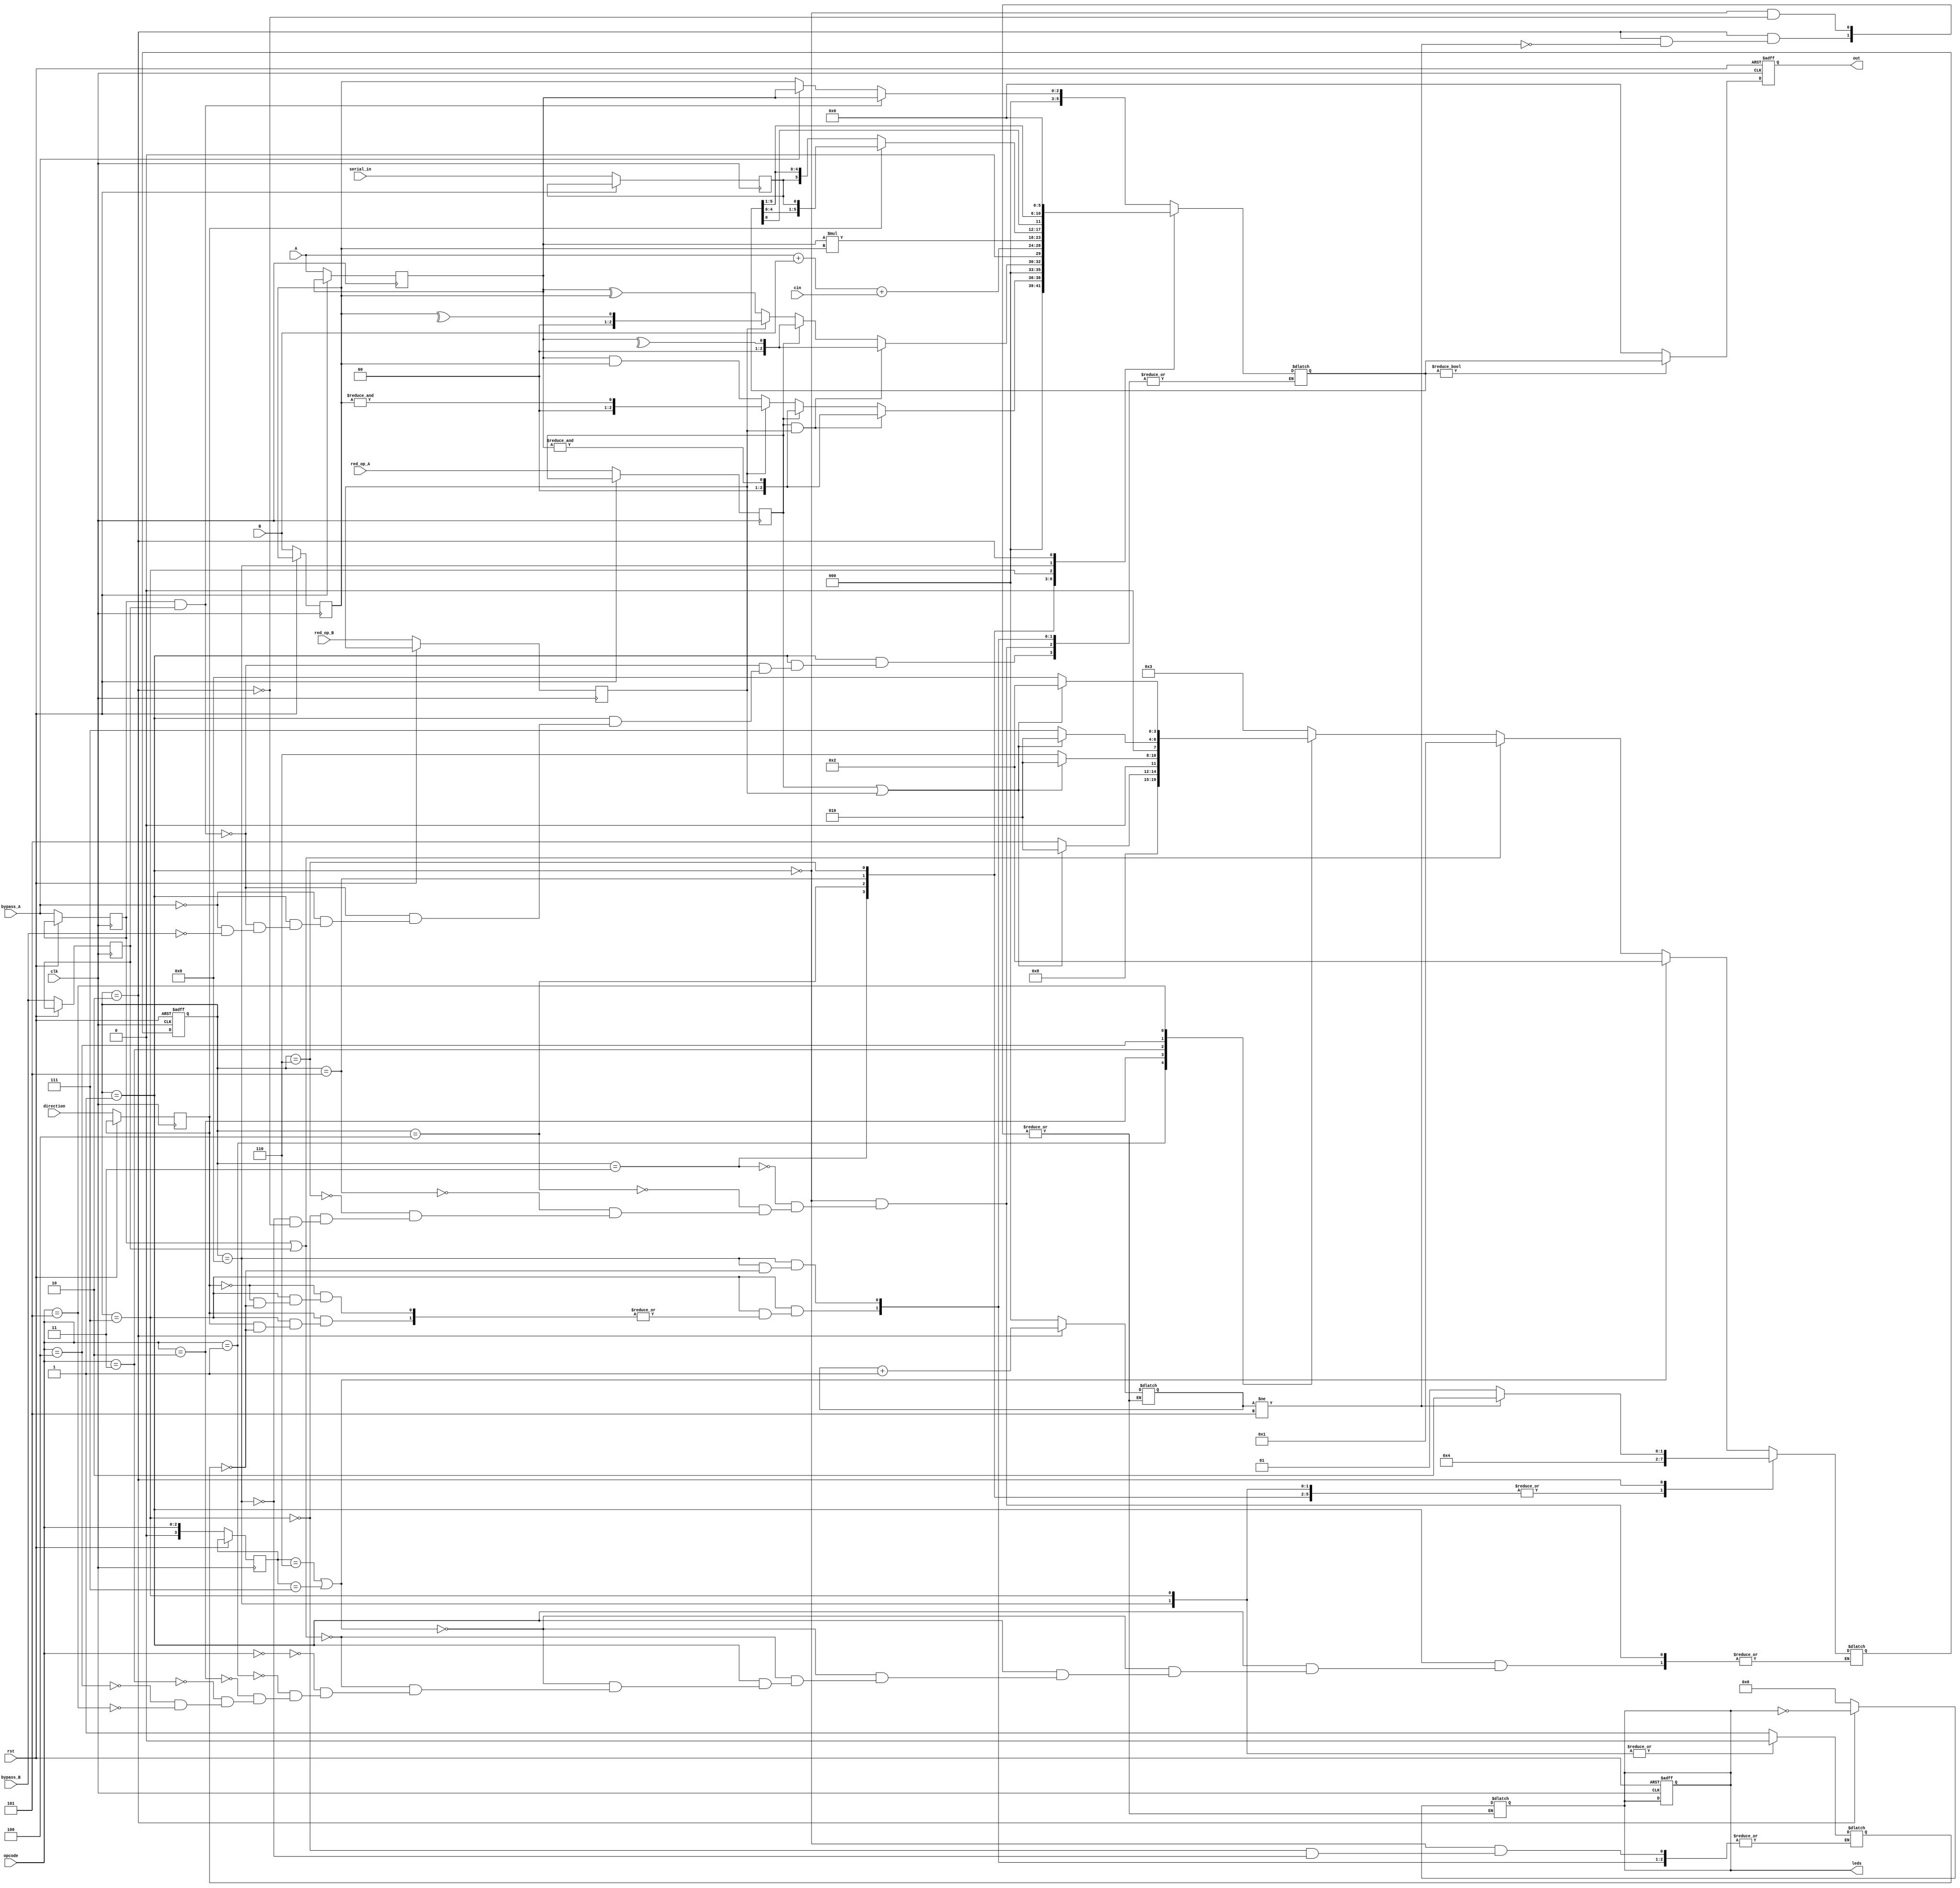
module  ALSU #(parameter INPUT_PERIORITY = "A" , parameter FULL_ADDER = "ON") (

 input clk          ,
 input rst          ,
 input [2:0] A      ,
 input [2:0] B      ,
 input [2:0] opcode ,
 input cin          ,
 input serial_in    ,
 input direction    ,
 input red_op_A     ,
 input red_op_B     ,
 input bypass_A     ,
 input bypass_B     ,

 output reg [5:0]  out  ,
 output reg [15:0] leds );

 reg  in_serial_in , in_red_op_A , in_direction , in_red_op_B , in_bypass_A , in_bypass_B ,in_cin;
 reg flag; 
 reg [3:0] in_opcode;
 reg [2:0] in1 , in2;
 
 
 reg [5:0] out_reg ;
 reg [5:0] shift_temp;

 reg [2:0] counter;
 
 reg [3:0] current_state , next_state;


 parameter OPERATION  =  4'b0001;
 parameter INVALID    =  4'b0010;
 parameter AND_OP     =  4'b0011;
 parameter XOR_OP     =  4'b0100;
 parameter ADD_OP     =  4'b0101;
 parameter MULT_OP    =  4'b0110;
 parameter SHIFT_OP   =  4'b0111;
 parameter ROTATE_OP  =  4'b1000;




 always @(posedge clk or posedge rst) begin
     if (rst) begin
         
         out  <= 0;
         leds <= 0;
         
     end
     else begin
         
         in1     <= A   ;
         in2     <= B   ;
         in_serial_in <= serial_in;
         in_opcode <= opcode;
         in_cin <= cin ;
         in_direction <= direction ;
         in_red_op_A <= red_op_A;
         in_red_op_B <= red_op_B;
         in_bypass_A <= bypass_A;
         in_bypass_B <= bypass_B;

         if(out_reg)
         out <= out_reg ;
         else begin
         out <= 6'b0;   
         end

     end
 end

//____________________________________________________

always @(posedge clk or posedge rst) begin

 if(rst) begin
     current_state <= OPERATION;
 end

 else begin
     current_state <= next_state;
 end

end


//______________________________________________________

 
 always @(*) begin 
  
  case(current_state)



  OPERATION :begin

                if(in_opcode == 3'b110 || in_opcode == 3'b111)
                      next_state = INVALID;
  
 
                else if(in_bypass_A || in_bypass_B)
                      next_state = OPERATION;

                else begin
                      case (opcode)

                         3'b000 : next_state = AND_OP          ;
                         3'b001 : next_state = XOR_OP          ;
                         3'b010 : begin
                                       if(in_red_op_A || in_red_op_B)
                                           next_state = INVALID;
                                        else   
                                           next_state = ADD_OP ;
                                   end                     

                         3'b011 : begin
                                       if(in_red_op_A || in_red_op_B)
                                           next_state = INVALID;
                                        else   
        
                                        next_state = MULT_OP ;

                                   end 
                                       
                         3'b100 : begin
                                       if(in_red_op_A || in_red_op_B)
                                           next_state = INVALID;
                                        else   
                                           next_state = SHIFT_OP     ;
                                     end

                         3'b101 : begin
                                       if(in_red_op_A || in_red_op_B)
                                           next_state = INVALID;
                                        else   
                                           next_state = ROTATE_OP  ;
                                   end

                        endcase
                 end 
           
             end




   AND_OP : begin
       
            next_state = OPERATION;
            end          



   XOR_OP : begin
       
            next_state = OPERATION;
            end          

   ADD_OP : begin
       
            next_state = OPERATION;
            end          




   MULT_OP : begin
       
            next_state = OPERATION;
            end         



   SHIFT_OP : begin
              next_state = OPERATION;
              end


   ROTATE_OP : begin

              next_state = OPERATION;

                end



   INVALID : begin
           
              if(counter != 5)
               next_state <= INVALID;
              else
               next_state <= OPERATION;

           end


    endcase
 end



//______________________________________________


always @(*) begin
    
  case (current_state)

 

 OPERATION : begin
               //out_reg = 0;
               leds    = 0;
               leds    = 0;
               counter = 0;
               flag    = 1; 

                if(in_bypass_A && in_bypass_B) begin 
                    if(INPUT_PERIORITY == "A")
                     out_reg = in1;
                    else
                     out_reg = in2;
                end

                else if(bypass_A)
                   out_reg = in1;

                
                else if(bypass_B)
                   out_reg = in2;

                end




 AND_OP    : begin
               if(in_red_op_A && in_red_op_B) begin
                 if(INPUT_PERIORITY == "A")
                     out_reg = &(in1);

                 else if(INPUT_PERIORITY == "B")
                     out_reg = &(in2);
              end

              else if(in_red_op_A)
                     out_reg = &(in1); 
               
              else if(in_red_op_B)
                     out_reg = &(in2); 
               
               else 
                     out_reg = in1 & in2;
            end     




 XOR_OP  :  begin
                  
              if(in_red_op_A && in_red_op_B) begin
                 if(INPUT_PERIORITY == "A")
                     out_reg = ^(in1);

                 else if(INPUT_PERIORITY == "B")
                     out_reg = ^(in2);
              end

              else if(in_red_op_A)
                     out_reg = ^(in1); 
               
              else if(in_red_op_B)
                     out_reg = ^(in2); 
               
              else 
                     out_reg = in1 ^ in2;

            end      



 
 ADD_OP : begin
     
             if(FULL_ADDER == "ON")
                 out_reg = A + B + cin;

             else if(FULL_ADDER == "OFF")
                 out_reg = A + B ;

          end


  
 
 MULT_OP : begin

          out_reg = in1 * in2 ;
     
          end



 SHIFT_OP : begin

             if(in_direction) begin
                //shift_temp = out_reg;
               if(flag == 1)begin
                out_reg = {out_reg[4:0],in_serial_in};
                flag = 0;
              end
              end

             else 
                // shift_temp = out_reg;
               if(flag == 1)begin
                out_reg = {in_serial_in , out_reg[5:1]};
                flag = 0;
              end
                
     
            end
 


 ROTATE_OP : begin
   
             if(flag == 1)begin
               out_reg = {out_reg[0],out_reg[5:1]} ;
                flag = 0;
              end
             end


  INVALID : begin
            out_reg =  0;
            if(counter != 5) begin
              leds = ~leds ; 
              counter = counter + 1; 
            end 

            end


endcase
end

endmodule